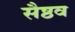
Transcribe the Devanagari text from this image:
सैष्ठव